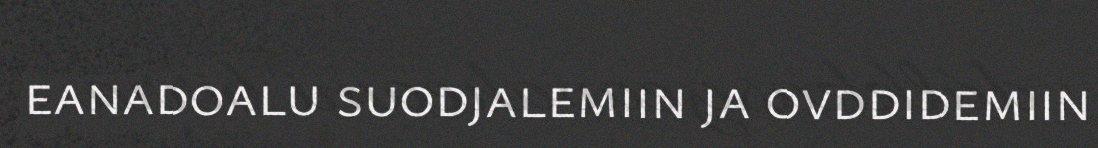
eanadoalu suodjalemiin ja ovddidemiin